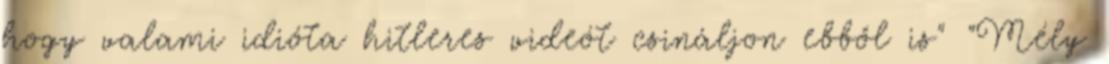
hogy valami idióta hitleres videót csináljon ebből is" "Mély